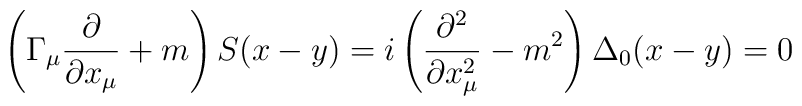
\left( \Gamma _\mu \frac \partial {\partial x_\mu }+m\right) S(x-y)=i\left(\frac{\partial ^2}{\partial x_\mu ^2}-m^2\right) \Delta _0(x-y)=0